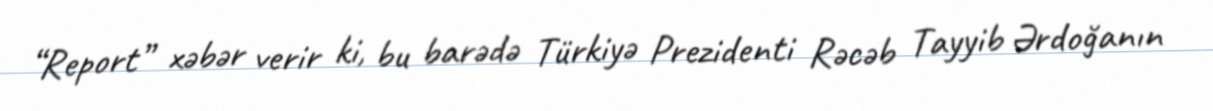
“Report” xəbər verir ki, bu barədə Türkiyə Prezidenti Rəcəb Tayyib Ərdoğanın